Reports on dispensaries and lunatic asylums in the Province of Oudh - 1869-1876
Year: 1869
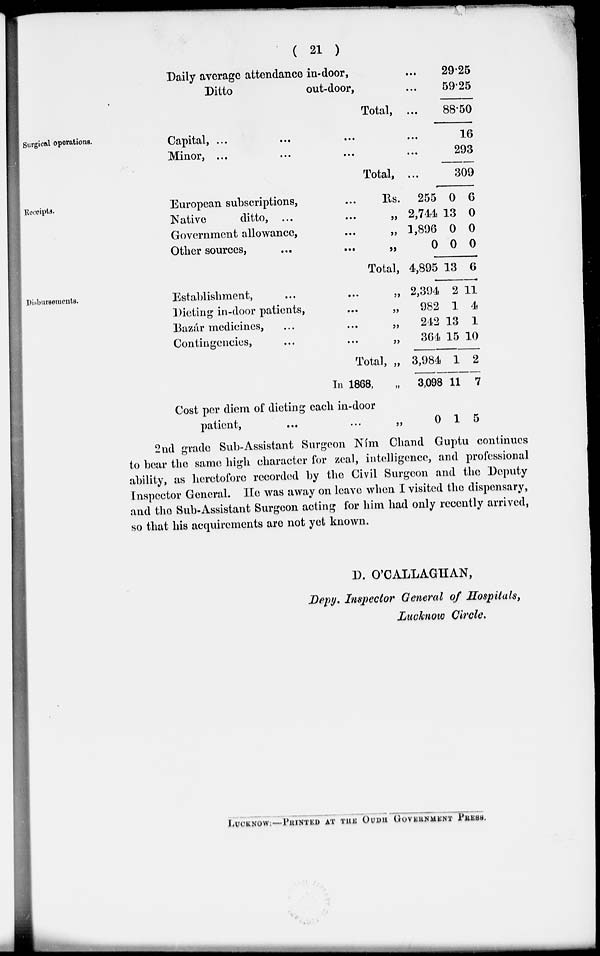
( 21 )
Daily average attendance in-door, ...
Ditto
out-door, ...
Total, ...
29.25
59.25
88.50
Surgical operations.
Capital, ... ... ... ...
Minor, ... ... ... ...
Total, ...
16
293
309
Receipts.
European subscriptions, ...
Native
ditto, ...
Government allowance, ...
Other sources, ... ...
Rs.
„
„
„
Total,
255
2,744
1,896
0
4,895
0
13
0
0
13
6
0
0
0
6
Disbursements.
Establishment, ... ...
Dieting in-door patients, ...
Bazár medicines, ... ...
Contingencies, ... ...
Total,
In 1868,
Cost per diem of dieting each in-door
patient, ... ...
„
„
„
„
„
„
„
2,394
982
242
364
3,984
3,098
0
2
1
13
15
1
11
1
11
4
1
10
2
7
5
2nd grade Sub-Assistant Surgeon Ním Chand Guptu continues
) bear the same high character for zeal, intelligence, and professional
bility, as heretofore recorded by the Civil Surgeon and the Deputy
inspector General. He was away on leave when I visited the dispensary,
nd the Sub-Assistant Surgeon acting for him had only recently arrived,
o that his acquirements are not yet known.
D. O'CALLAGHAN,
Depy. Inspector General of Hospitals,
Lucknow Circle.
LUCKNOW: — PRINTED AT THE OUDH GOVERNMENT PRESS.